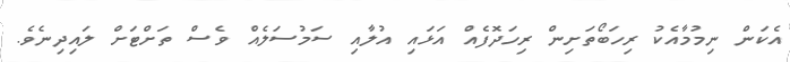
އެކަން ނިމުމާއެކު ރިހަބޯތަށިން ރިހަދޮފެއް އަޅައި އުލާއި ސަމުސަލެއް ވެސް ތަށްޓަށް ލައިދިނެވެ.